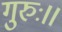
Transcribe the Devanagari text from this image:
गुरुः॥